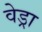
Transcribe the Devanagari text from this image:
वेड्रा